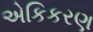
એકિકરણ